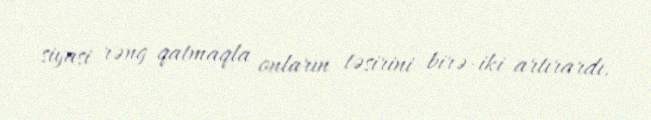
siyasi rəng qatmaqla onların təsirini birə-iki artırardı.